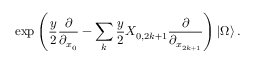
\exp \left( \frac { y } { 2 } \frac { \partial } { \partial _ { x _ { 0 } } } - \sum _ { k } \frac { y } { 2 } X _ { 0 , 2 k + 1 } \frac { \partial } { \partial _ { x _ { 2 k + 1 } } } \right) | \Omega \rangle \, .